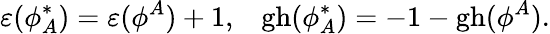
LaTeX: \varepsilon(\phi_{A}^{*})=\varepsilon(\phi^{A})+1,\; \; \; \mathrm{gh}(\phi_{A}^{*})=-1-\mathrm{gh}(\phi^{A}).